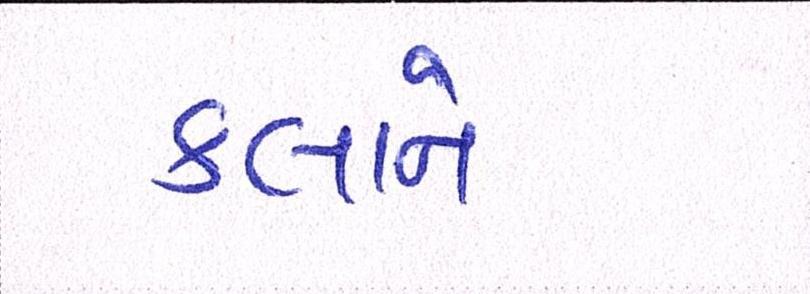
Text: કલાને